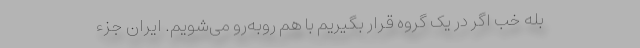
بله خب اگر در یک گروه قرار بگیریم با هم روبه‌رو می‌شویم. ایران جزء